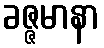
ခဇ္ဇမာနာ